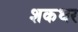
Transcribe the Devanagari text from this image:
शकधर